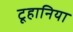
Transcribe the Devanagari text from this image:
टूहानिया